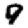
Digit: 9